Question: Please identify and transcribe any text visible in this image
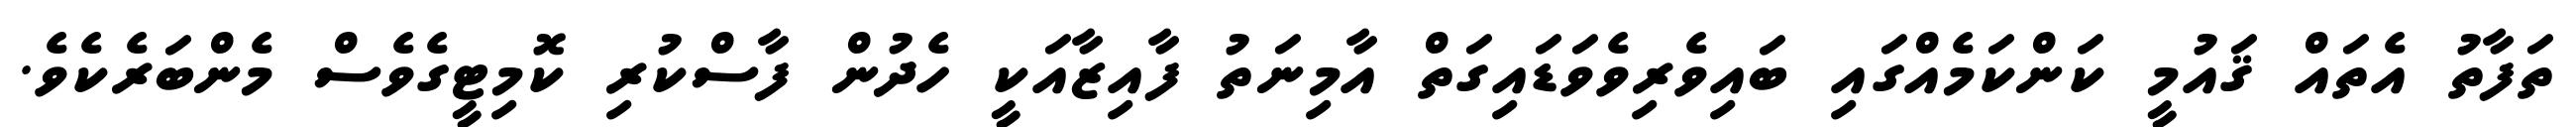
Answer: ތަފާތު އެތައް ޤައުމީ ކަންކަމެއްގައި ބައިވެރިވެވަޑައިގަތް އާމިނަތު ފާއިޒާއަކީ ހެދުން ފާސްކުރި ކޮމިޓީގެވެސް މެންބަރެކެވެ.